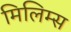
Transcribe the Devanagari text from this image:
मिलिम्स